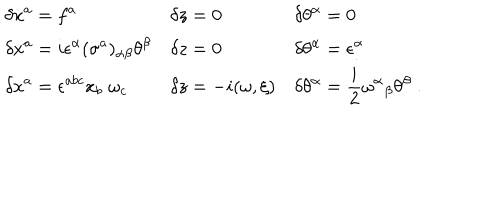
LaTeX: \begin{array} { l l l } { { \displaystyle \delta x ^ { a } = f ^ { a } } } & { { \displaystyle \delta z = 0 } } & { { \displaystyle \delta \theta ^ { \alpha } = 0 } } \\ { { \displaystyle \delta { x ^ { a } } = i \epsilon ^ { \alpha } ( \sigma ^ { a } ) _ { \alpha \beta } \theta ^ { \beta } } } & { { \displaystyle \delta z = 0 } } & { { \displaystyle \delta \theta ^ { \alpha } = \epsilon ^ { \alpha } } } \\ { { \displaystyle \delta x ^ { a } = \epsilon ^ { a b c } x _ { b } \; \omega _ { c } } } & { { \displaystyle \delta z = - i ( \omega , \xi ) } } & { { \displaystyle \delta \theta ^ { \alpha } = \frac { i } { 2 } \omega ^ { \alpha } { } _ { \beta } \theta ^ { \beta } \; . } } \\ \end{array}